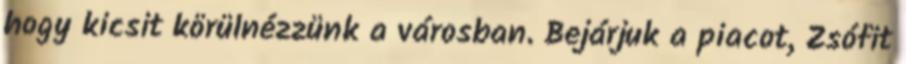
hogy kicsit körülnézzünk a városban. Bejárjuk a piacot, Zsófit